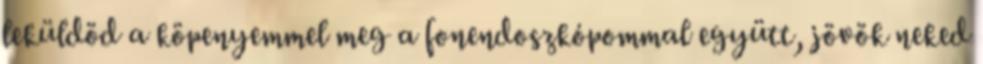
leküldöd a köpenyemmel meg a fonendoszkópommal együtt, jövök neked